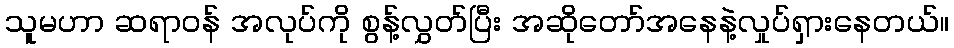
သူမဟာ ဆရာဝန် အလုပ်ကို စွန့်လွှတ်ပြီး အဆိုတော်အနေနဲ့လှုပ်ရှားနေတယ်။